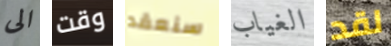
الى وقت سنعقد الغياب لقد